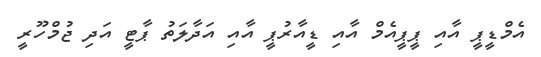
އެމްޑީޕީ އާއި ޕީޕީއެމް އާއި ޑީއާރުޕީ އާއި އަދާލަތު ޕާޓީ އަދި ޖުމްހޫރީ